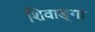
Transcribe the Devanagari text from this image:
शिवाङ्गा